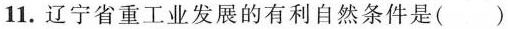
11.辽宁省重工业发展的有利自然条件是()